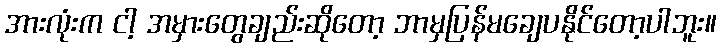
အားလုံးက ငါ့ အမှားတွေချည်းဆိုတော့ ဘာမှပြန်မချေပနိုင်တော့ပါဘူး။